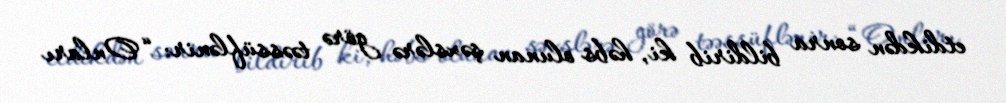
etdikdən sonra bildirib ki, həbs olunan şəxslərə görə təəssüflənir: “Onları